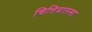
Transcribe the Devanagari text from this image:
चित्तिवालसा